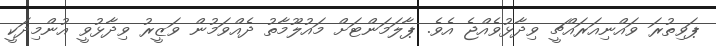
ޕަވިތުރަ ވައްނިއަރައްޗީ ވިދާޅުވެއްޖެ އެވެ. ޕާލަމަންޓަށް މައުލޫމާތު ދެއްވަމުން ވަޒީރު ވިދާޅުވީ އުންމިދަކީ